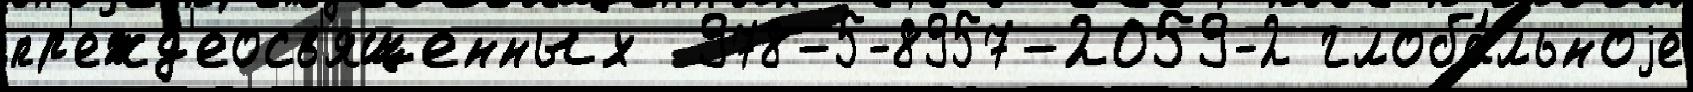
пр'ежд'еосв'ященных  978-5-8957-2059-2 глоба́льноjе